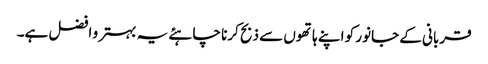
قربانی کے جانور کو اپنے ہاتھوں سے ذبح کرنا چاہئے یہ بہتر و افضل ہے۔